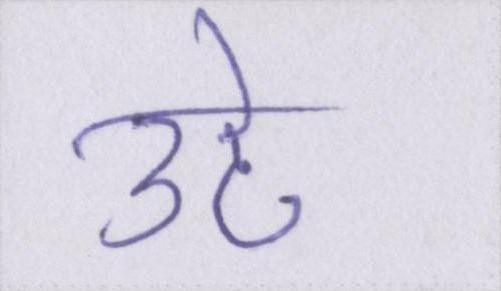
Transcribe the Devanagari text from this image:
उठे